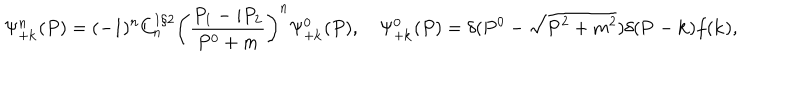
LaTeX: \Psi _ { + \bf k } ^ { n } ( P ) = ( - 1 ) ^ { n } C _ { n } ^ { 1 / 2 } \left( \frac { P _ { 1 } - i P _ { 2 } } { P ^ { 0 } + m } \right) ^ { n } \Psi _ { + \bf k } ^ { 0 } ( P ) , \quad \Psi _ { + \bf k } ^ { 0 } ( P ) = \delta ( P ^ { 0 } - \sqrt { { \bf P } ^ { 2 } + m ^ { 2 } } ) \delta ( { \bf P } - { \bf k } ) f ( { \bf k } ) ,